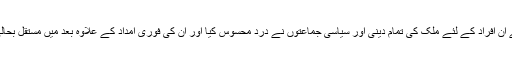
اندرونی طور پر بے گھر ہونے والے ان افراد کے لئے ملک کی تمام دینی اور سیاسی جماعتوں نے درد محسوس کیا اور ان کی فوری امداد کے علاوہ بعد میں مستقل بحالی کے لئے بھی اقدامات کا اعلان کیا۔